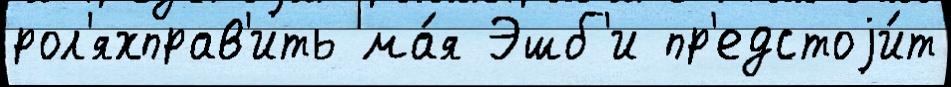
рол'яхправ'ить ма́я Эшб'и пр'едстоjи́т